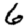
Digit: 6